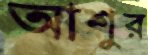
আশুর